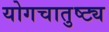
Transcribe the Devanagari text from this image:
योगचातुष्ट्य